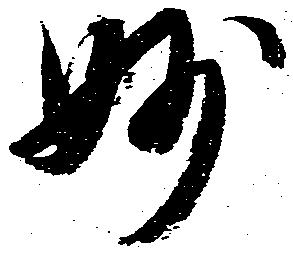
妙